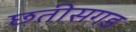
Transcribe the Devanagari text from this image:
छतीसगड